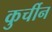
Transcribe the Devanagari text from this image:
कुर्चीन